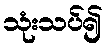
သုံးသပ်၍